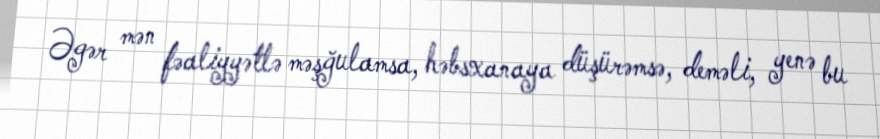
Əgər mən fəaliyyətlə məşğulamsa, həbsxanaya düşürəmsə, deməli, yenə bu